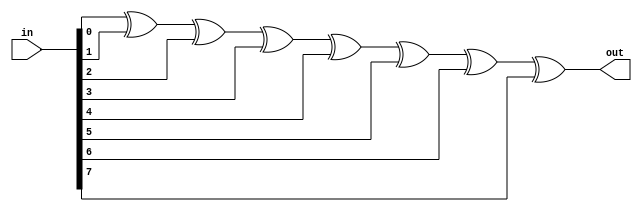
`timescale 1ns / 1ps
//////////////////////////////////////////////////////////////////////////////////
// Company: 
// Engineer: 
// 
// Design Name: 
// Module Name: crc_calc
// Project Name: 
// Target Devices: 
// Tool Versions: 
// Description: 
// 
// Dependencies: 
// 
// Revision:
// Revision 0.01 - File Created
// Additional Comments:
// 
//////////////////////////////////////////////////////////////////////////////////


module crc_calc(
     output reg out,
     input[7:0] in    );
     

    always @(*)
     out = in[0] ^ in[1] ^ in[2] ^ in[3] ^ in[4] ^ in[5] ^ in[6] ^ in[7];

    

        
endmodule